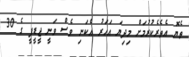
ތެޔޮ އެތެރެކުރުމަށް މިދިޔަ އަހަރު އެކަނި ވެސް ވަނީ ޖީޑީޕީ ގެ 30